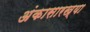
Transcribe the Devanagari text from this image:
अंकासारख्या